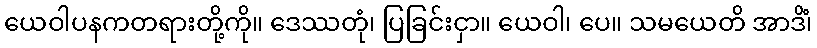
ယေဝါပနကတရားတို့ကို။ ဒေဿတုံ၊ ပြခြင်းငှာ။ ယေဝါ၊ ပေ။ သမယေတိ အာဒိံ၊